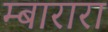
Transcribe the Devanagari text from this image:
म्बारारा